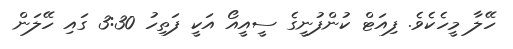
ހޭލާ މީހެކެވެ. ފިއަޓް ކުންފުނީގެ ސީއީއޯ އަކީ ފަތިހު 3:30 ގައި ހޭލަން